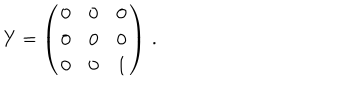
Y = \left( \begin{array} { c c c } { { 0 } } & { { 0 } } & { { 0 } } \\ { { 0 } } & { { 0 } } & { { 0 } } \\ { { 0 } } & { { 0 } } & { { 1 } } \\ \end{array} \right) \, .